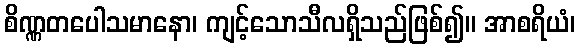
စိဏ္ဏတပေါသမာနော၊ ကျင့်သောသီလရှိသည်ဖြစ်၍။ အာစရိယံ၊